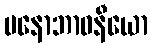
မနောဘာဝနီယော